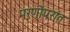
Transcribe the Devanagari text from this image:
मरणोंपरांत